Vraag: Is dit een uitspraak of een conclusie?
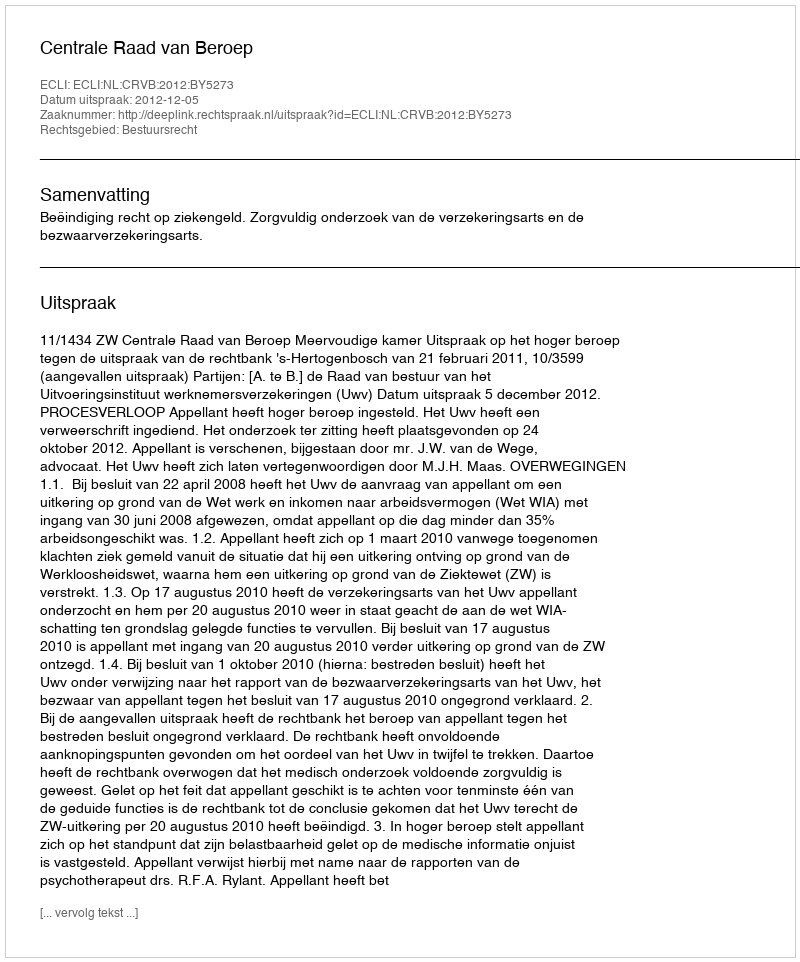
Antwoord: Uitspraak